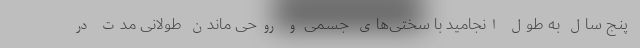
پنج سال به طول انجامید با سختی‌های جسمی و روحی ماندن طولانی مدت در